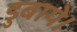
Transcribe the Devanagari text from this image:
डुबाये।